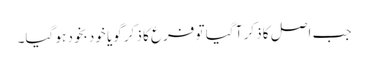
جب اصل کا ذکر آ گیا تو فرع کا ذکر گویا خود بخود ہو گیا۔